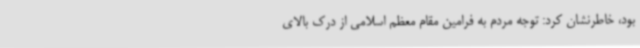
بود، خاطرنشان کرد: توجه مردم به فرامین مقام معظم اسلامی از درک بالای